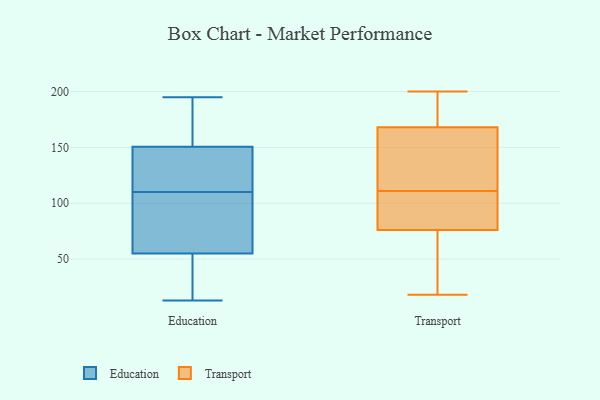
{"axis": {"x": "Budget (USD K)", "y": "Value"}, "legend": ["Education", "Transport"], "data": [{"x": "", "y": 144, "type": "Education"}, {"x": "", "y": 151, "type": "Education"}, {"x": "", "y": 47, "type": "Education"}, {"x": "", "y": 79, "type": "Education"}, {"x": "", "y": 110, "type": "Education"}, {"x": "", "y": 149, "type": "Education"}, {"x": "", "y": 180, "type": "Education"}, {"x": "", "y": 195, "type": "Education"}, {"x": "", "y": 38, "type": "Education"}, {"x": "", "y": 97, "type": "Education"}, {"x": "", "y": 13, "type": "Education"}, {"x": "", "y": 94, "type": "Transport"}, {"x": "", "y": 18, "type": "Transport"}, {"x": "", "y": 61, "type": "Transport"}, {"x": "", "y": 190, "type": "Transport"}, {"x": "", "y": 115, "type": "Transport"}, {"x": "", "y": 37, "type": "Transport"}, {"x": "", "y": 111, "type": "Transport"}, {"x": "", "y": 162, "type": "Transport"}, {"x": "", "y": 200, "type": "Transport"}, {"x": "", "y": 107, "type": "Transport"}, {"x": "", "y": 115, "type": "Transport"}, {"x": "", "y": 81, "type": "Transport"}, {"x": "", "y": 186, "type": "Transport"}]}